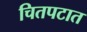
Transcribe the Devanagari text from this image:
चितपटात